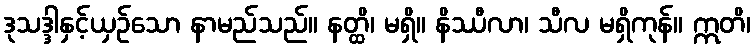
ဒုသဒ္ဒါနှင့်ယှဉ်သော နာမည်သည်။ နတ္ထိ၊ မရှိ။ နိဿီလာ၊ သီလ မရှိကုန်။ ဣတိ၊